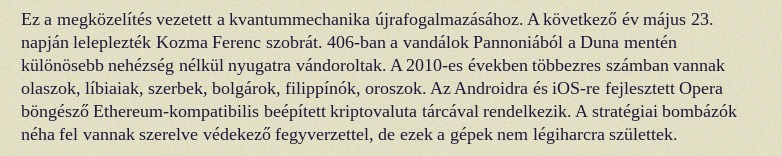
Ez a megközelítés vezetett a kvantummechanika újrafogalmazásához. A következő év május 23. napján leleplezték Kozma Ferenc szobrát. 406-ban a vandálok Pannoniából a Duna mentén különösebb nehézség nélkül nyugatra vándoroltak. A 2010-es években többezres számban vannak olaszok, líbiaiak, szerbek, bolgárok, filippínók, oroszok. Az Androidra és iOS-re fejlesztett Opera böngésző Ethereum-kompatibilis beépített kriptovaluta tárcával rendelkezik. A stratégiai bombázók néha fel vannak szerelve védekező fegyverzettel, de ezek a gépek nem légiharcra születtek.